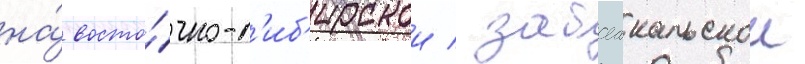
на́ восто́чно-с'иб'ирскои / забаикальскои